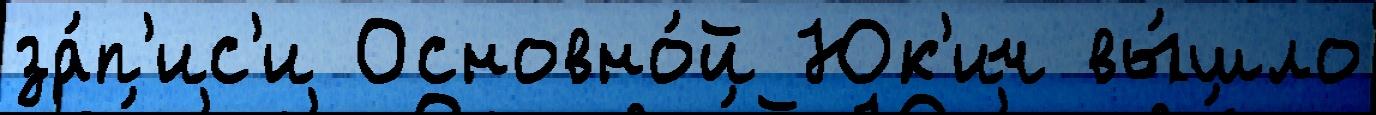
за́п'ис'и Основно́й Юк'ич вы́шло